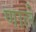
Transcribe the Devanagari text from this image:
णाले